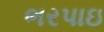
ભરપાઇ